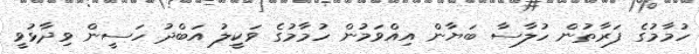
ހުމާމުގެ ފަރާތުން ހުލާސާ ބަޔާން އިއްވަމުން ހުމާމުގެ ވަކީލު އަބްދު ހަސީން ވިދާޅުވީ